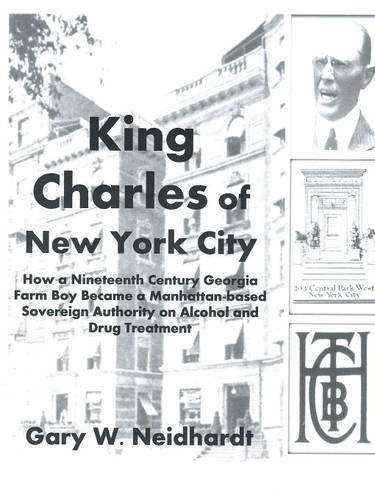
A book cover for King Charles of New York City: How a Poor Georgia Farm Boy Became a World Authority on Drug and Alcohol Treatment; Gary W. Neidhardt; Biographies & Memoirs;